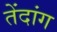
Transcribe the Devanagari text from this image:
तेंदांग